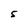
Character: S